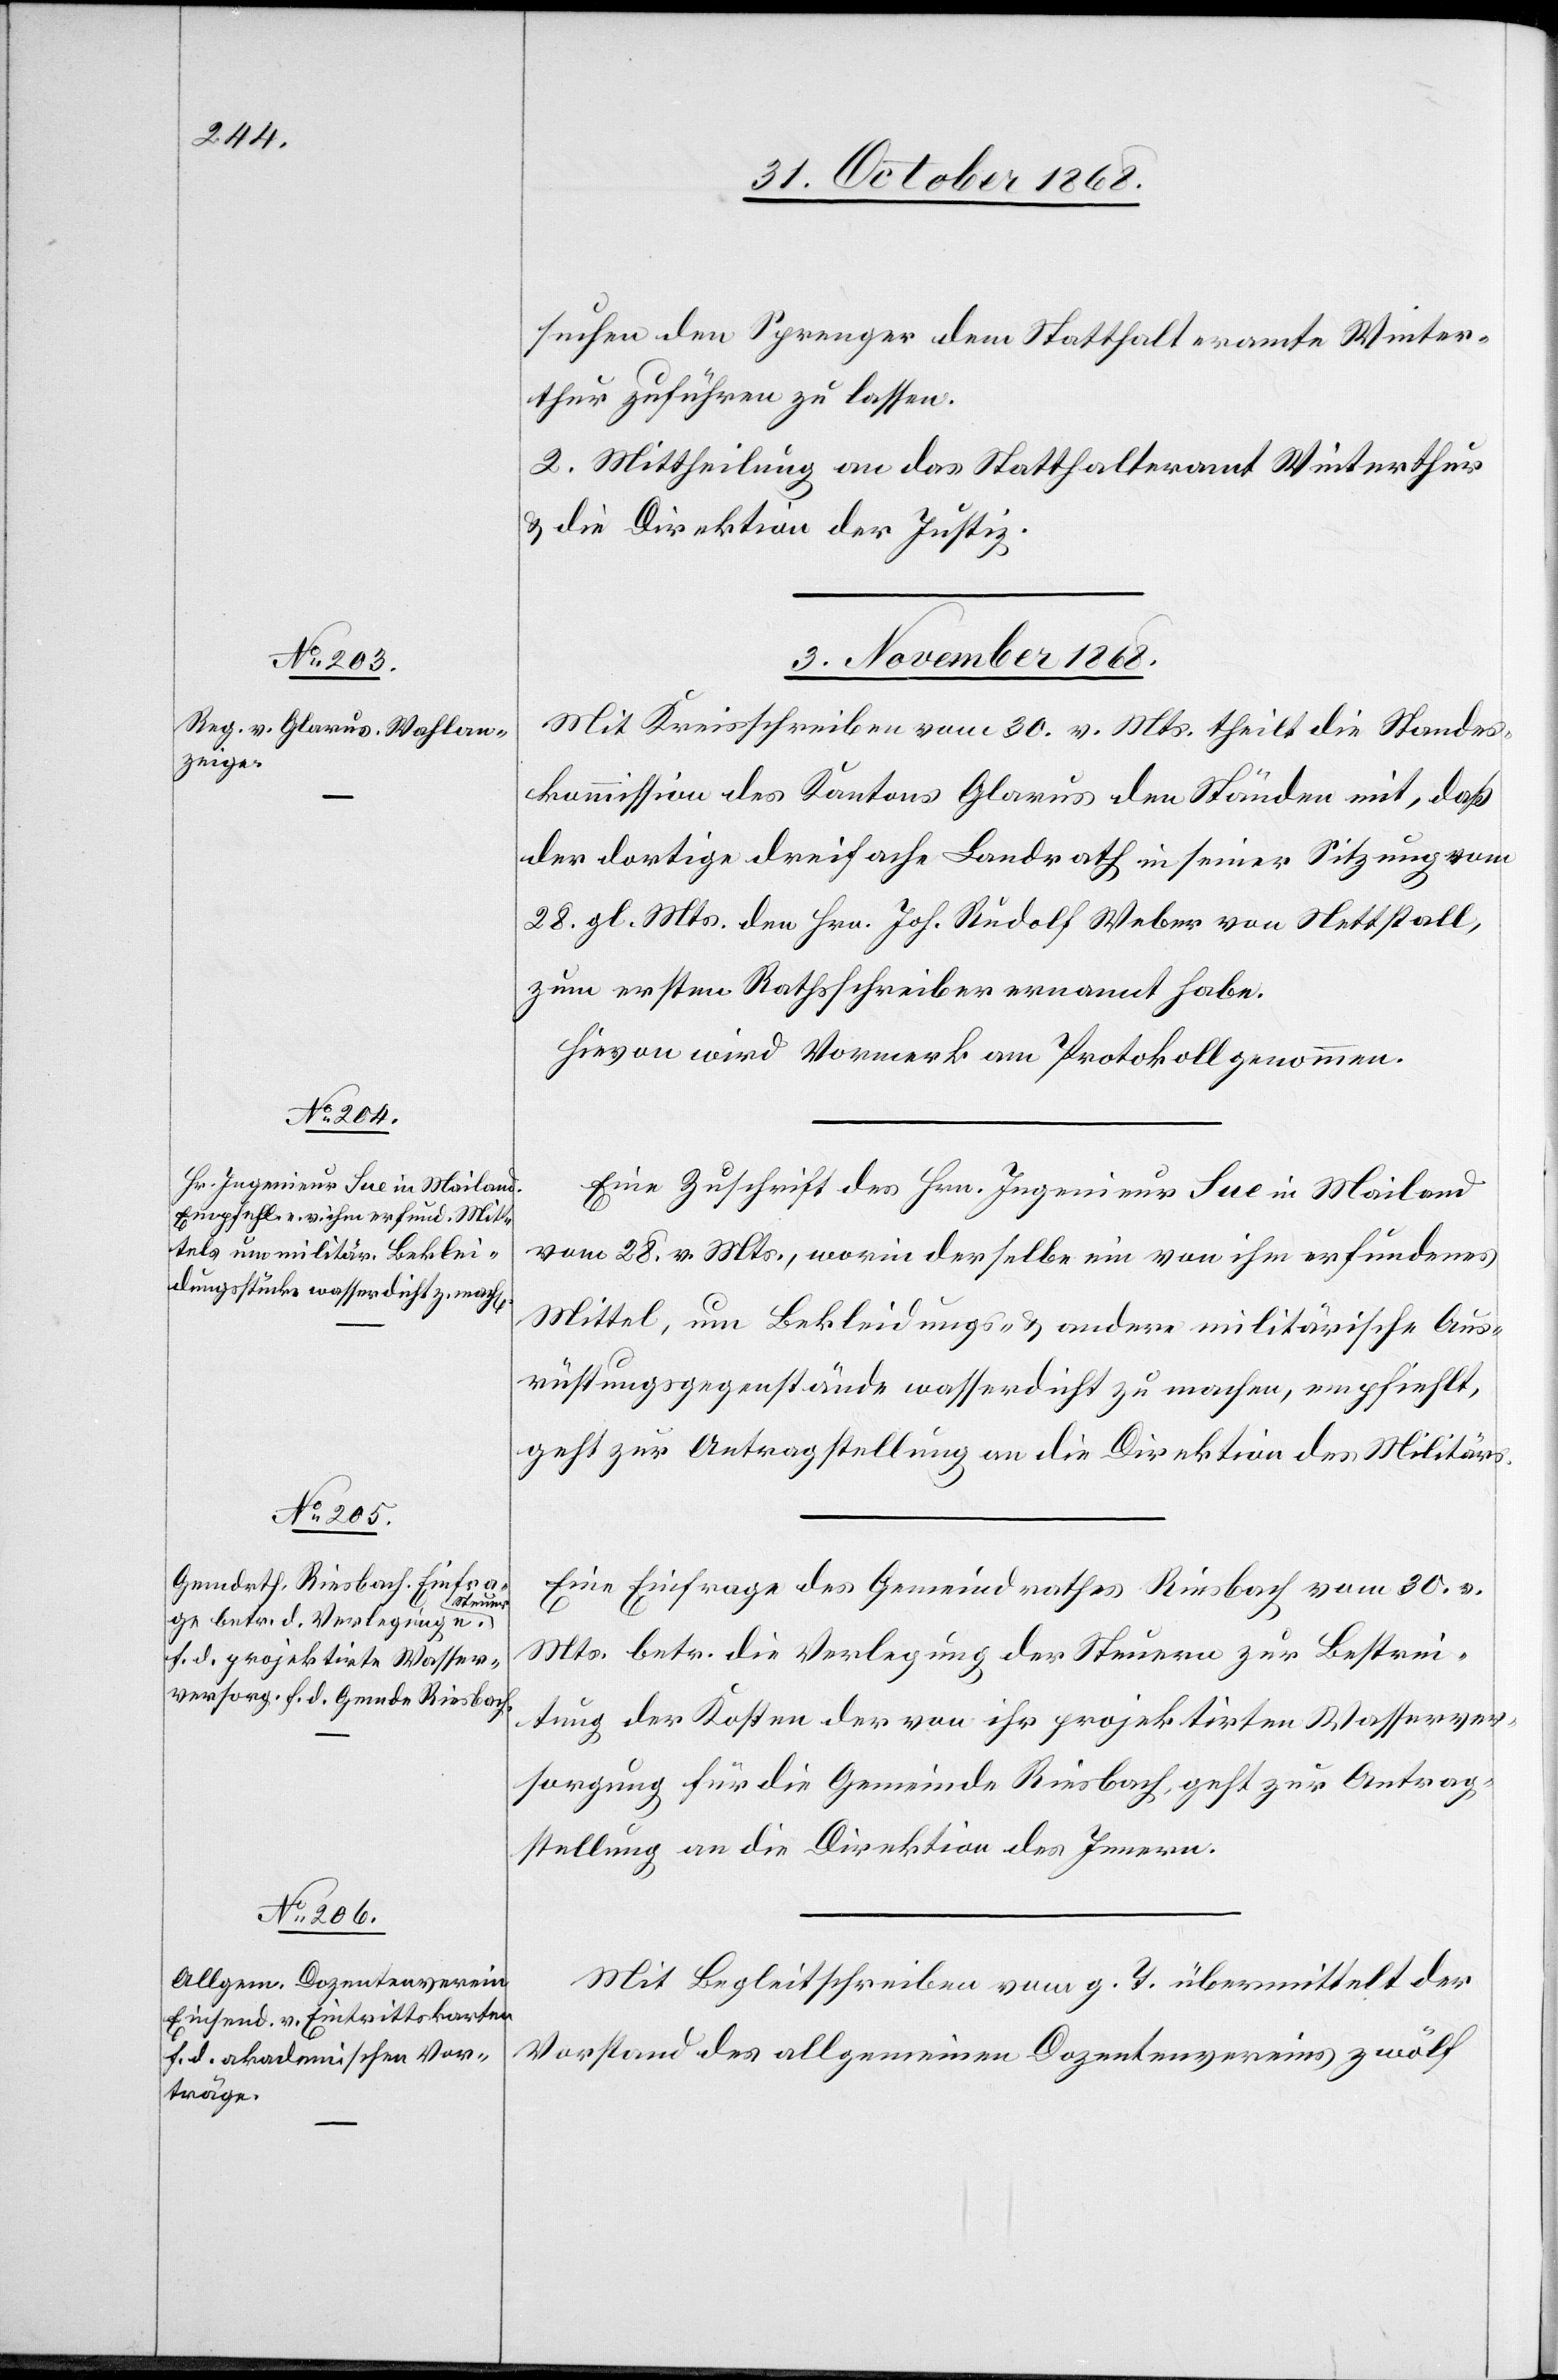
suchen den Sprenger dem Statthalteramte Winter¬
thur zuführen zu lassen.
2. Mittheilung an das Statthalteramt Winterthur
& die Direktion der Justiz.
3. November 1868.]
Mit Kreisschreiben vom 30. v. Mts. theilt die Standes¬
kommission des Kantons Glarus den Ständen mit, daß
der dortige dreifache Landrath in seiner Sitzung vom
28. gl. Mts. den Hrn. Joh. Rudolf Weber von Nettstall,
zum ersten Rathsschreiber ernannt habe.
Hievon wird Vormerk am Protokoll genommen.
Eine Zuschrift des Hrn. Ingenieur Sue in Mailand
vom 28. v. Mts., worin derselbe ein von ihm erfundenes
Mittel, um Bekleidungs- & andere militärische Aus¬
rüstungsgegenstände wasserdicht zu machen, empfiehlt,
geht zur Antragstellung an die Direktion des Militärs.
Eine Einfrage des Gemeindrathes Riesbach vom 30. v.
Mts. betr. die Verlegung der Steuern zur Bestrei¬
tung der Kosten der von ihr projektirten Wasserver¬
sorgung für die Gemeinde Riesbach geht zur Antrag¬
stellung an die Direktion des Innern.
Mit Begleitschreiben vom g. T. übermittelt der
Vorstand des allgemeinen Dozentenvereins zwölf